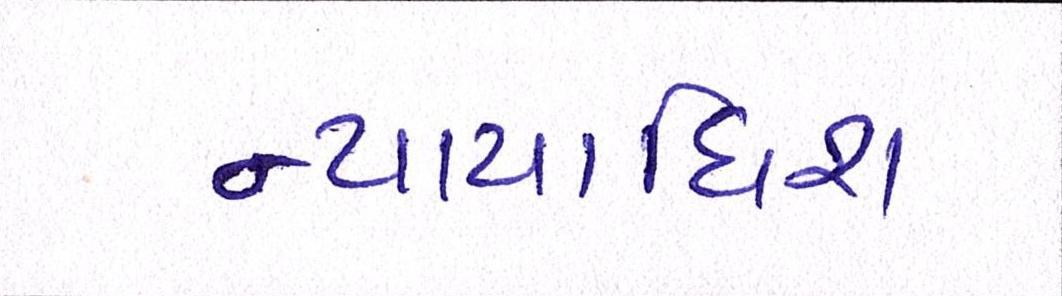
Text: ન્યાયાધિશ